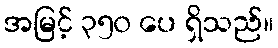
အမြင့် ၃၅၀ ပေ ရှိသည်။